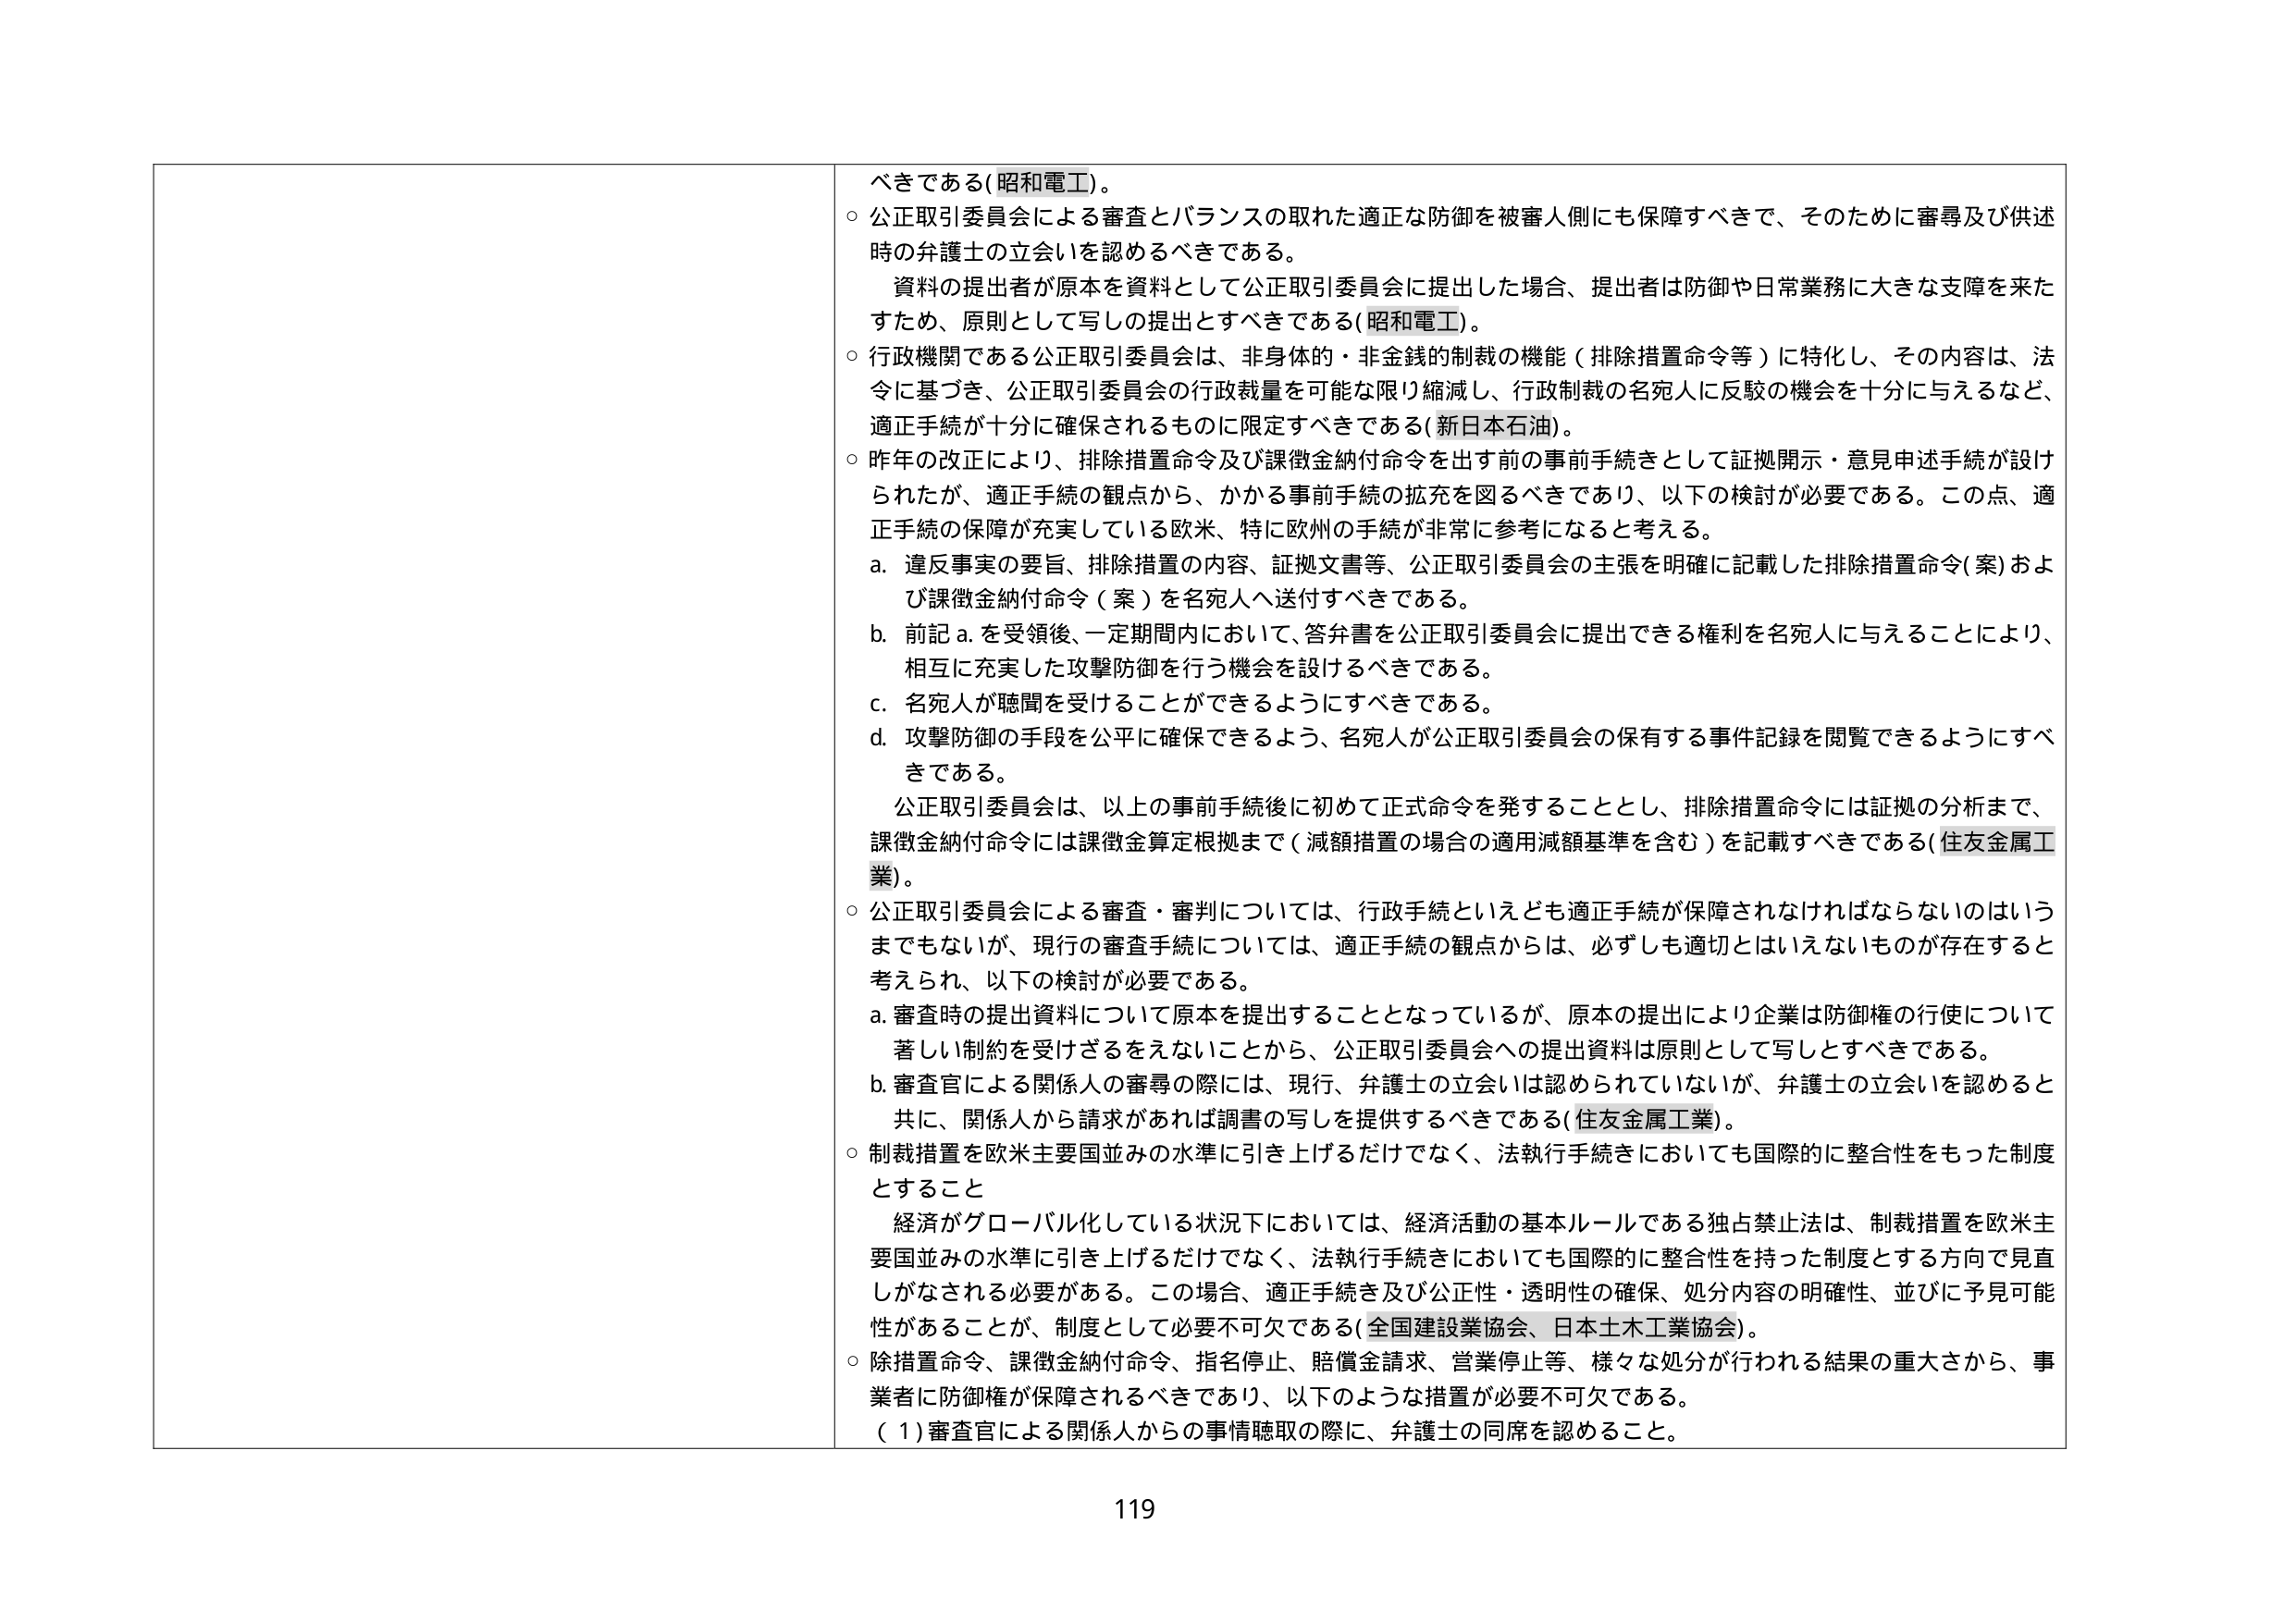
べきである（昭和電工）。

○ 公正取引委員会による審査とバランスの取れた適正な防御を被審人側にも保障すべきで、そのために審尋及び供述時の弁護士の立会いを認めるべきである。
　資料の提出者が原本を資料として公正取引委員会に提出した場合、提出者は防御や日常業務に大きな支障を来たすため、原則として写しの提出とすべきである（昭和電工）。

○ 行政機関である公正取引委員会は、非身体的・非金銭的制裁の機能（排除措置命令等）に特化し、その内容は、法令に基づき、公正取引委員会の行政裁量を可能な限り縮減し、行政制裁の名宛人に反駁の機会を十分に与えるなど、適正手続が十分に確保されるものに限定すべきである（新日本石油）。

○ 昨年の改正により、排除措置命令及び課徴金納付命令を出す前の事前手続として証拠開示・意見申述手続が設けられたが、適正手続の観点から、かかる事前手続の拡充を図るべきであり、以下の検討が必要である。この点、適正手続の保障が充実している欧米、特に欧州の手続が非常に参考になると考える。
　a. 違反事実の要旨、排除措置の内容、証拠文書等、公正取引委員会の主張を明確に記載した排除措置命令（案）および課徴金納付命令（案）を名宛人へ送付すべきである。
　b. 前記 a. を受領後、一定期間内において、答弁書を公正取引委員会に提出できる権利を名宛人に与えることにより、相互に充実した攻撃防御を行う機会を設けるべきである。
　c. 名宛人が聴聞を受けることができるようになすべきである。
　d. 攻撃防御の手段を公平に確保できるよう、名宛人が公正取引委員会の保有する事件記録を閲覧できるようにすべきである。
　公正取引委員会は、以上の事前手続後に初めて正式命令を発することとし、排除措置命令には証拠の分析まで、課徴金納付命令には課徴金算定根拠まで（減額措置の場合の適用減額基準を含む）を記載すべきである（住友金属工業）。

○ 公正取引委員会による審査・審判については、行政手続といえども適正手続が保障されなければならないのはいうまでもないが、現行の審査手続については、適正手続の観点からは、必ずしも適切とはいえないものが存在すると考えられ、以下の検討が必要である。
　a. 審査時の提出資料について原本を提出することとなっているが、原本の提出により企業は防御権の行使について著しい制約を受けざるをえないことから、公正取引委員会への提出資料は原則として写しとすべきである。
　b. 審査官による関係人の審尋の際には、現行、弁護士の立会いは認められていないが、弁護士の立会いを認めると共に、関係人から請求があれば調書の写しを提供するべきである（住友金属工業）。

○ 制裁措置を欧米主要国並みの水準に引き上げるだけでなく、法執行手続きにおいても国際的に整合性をもった制度とすること
　経済がグローバル化している状況下においては、経済活動の基本ルールである独占禁止法は、制裁措置を欧米主要国並みの水準に引き上げるだけでなく、法執行手続きにおいても国際的に整合性を持った制度とする方向で見直しがなされる必要がある。この場合、適正手続及び公正性・透明性の確保、処分内容の明確性、並びに予見可能性があることが、制度として必要不可欠である（全国建設業協会、日本土木工業協会）。

○ 除措置命令、課徴金納付命令、指名停止、賠償金請求、営業停止等、様々な処分が行われる結果の重大さから、事業者に防御権が保障されるべきであり、以下のような措置が必要不可欠である。
　（１）審査官による関係人からの事情聴取の際に、弁護士の同席を認めること。

119